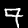
Label: 7